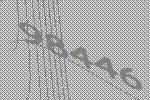
98446